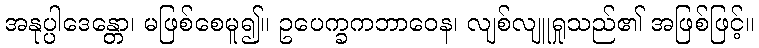
အနုပ္ပါဒေန္တော၊ မဖြစ်စေမူ၍။ ဥပေက္ခကဘာဝေန၊ လျစ်လျူရှုသည်၏ အဖြစ်ဖြင့်။